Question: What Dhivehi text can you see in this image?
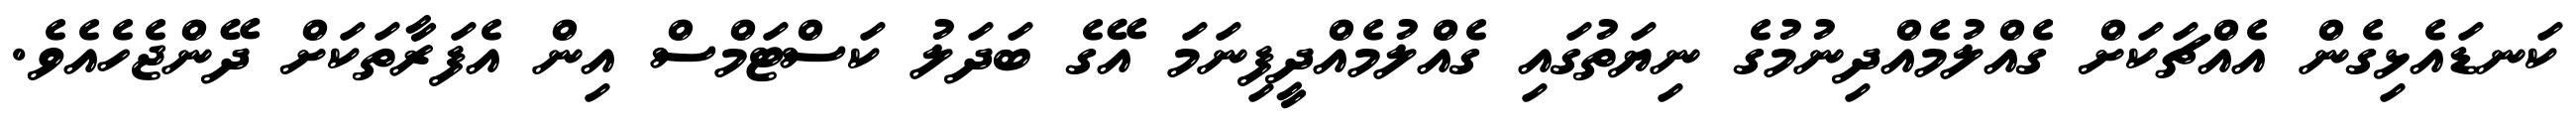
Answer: ކަނޑައެޅިގެން އެއްޗަކަށް ގެއްލުމެއްދިނުމުގެ ނިޔަތުގައި ގެއްލުމެއްދީފިނަމަ އޭގެ ބަދަލު ކަސްޓަމްސް އިން އެފަރާތަކަށް ދޭންޖެހެއެވެ.